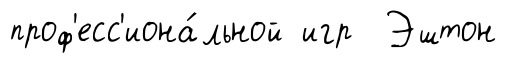
проф'есс'иона́льной игр Эштон